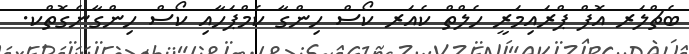
ބެޗްލަރ އޮފް ޕްރައިމަރީ ހެލްތް ކެއަރ ކޯސް ހިންގާ ކެމްޕަހާއި ކޯސް ހިންގާނެގޮތްކ.